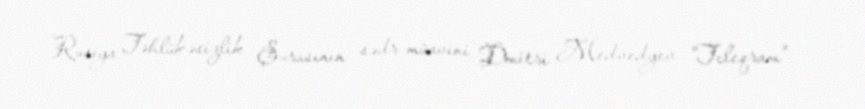
Rusiya Təhlükəsizlik Şurasının sədr müavini Dmitri Medvedyev “Teleqram”